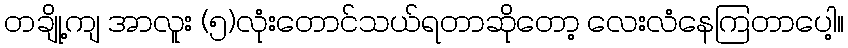
တချို့ကျ အာလူး (၅)လုံးတောင်သယ်ရတာဆိုတော့ လေးလံနေကြတာပေါ့။